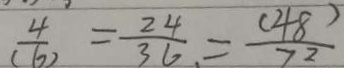
\frac { 4 } { ( 6 ) } = \frac { 2 4 } { 3 6 } = \frac { ( 4 8 ) } { 7 2 }